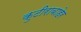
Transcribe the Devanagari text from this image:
कुटीराबाहेर